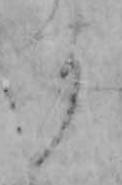
す